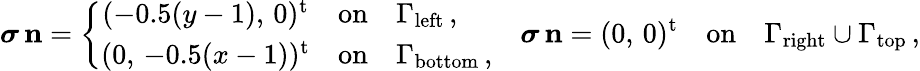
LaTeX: {\boldsymbol\sigma}\, {\mathbf{n}}=\left\{ \begin{array}{cll}{(-0.5(y-1),\, 0)^{\mathrm{t}}}&{\mathrm{on}}&{\Gamma_{\mathrm{left}}\, ,}\\ {(0,\, -0.5(x-1))^{\mathrm{t}}}&{\mathrm{on}}&{\Gamma_{\mathrm{bottom}}\, ,}\end{array}\right.\quad{\boldsymbol\sigma}\, {\mathbf{n}}=(0,\, 0)^{\mathrm{t}}{\quad\mathrm{on}\quad}\Gamma_{\mathrm{right}}\cup\Gamma_{\mathrm{top}}\, ,